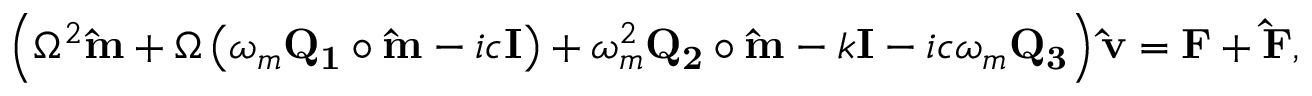
\left( \Omega ^ { 2 } \mathbf { \hat { m } } + \Omega \left( \omega _ { m } \mathbf { Q _ { 1 } } \circ \mathbf { \hat { m } } - i c \mathbf { I } \right) + \omega _ { m } ^ { 2 } \mathbf { Q _ { 2 } } \circ \mathbf { \hat { m } } - k \mathbf { I } - i c \omega _ { m } \mathbf { Q _ { 3 } } \right) \mathbf { \hat { v } } = \mathbf { F } + \mathbf { \hat { F } } ,